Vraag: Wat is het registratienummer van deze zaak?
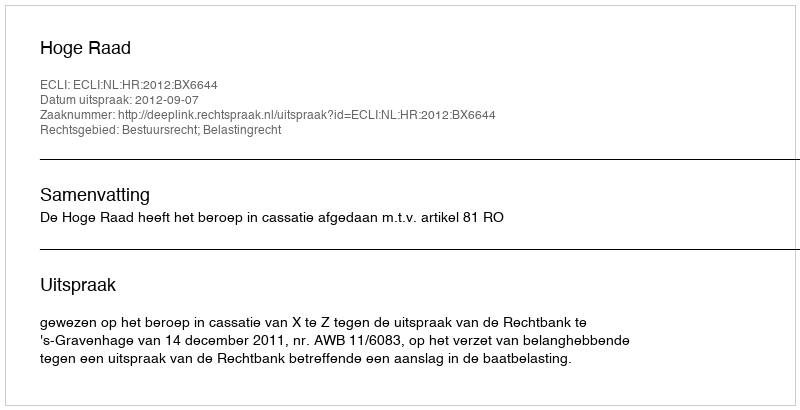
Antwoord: http://deeplink.rechtspraak.nl/uitspraak?id=ECLI:NL:HR:2012:BX6644